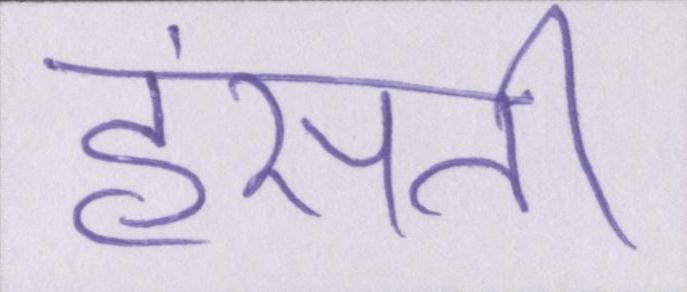
हंसती